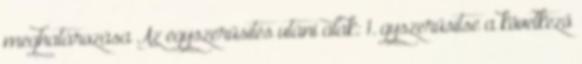
meghatározása Az egyszerűsítés utáni alak: 1. gyszerűsítse a következő